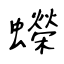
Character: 蠑